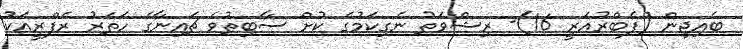
ބެއިޖިން (ފެބްރުއަރީ 16)- ރިޝްވަތު ނެގިކަމުގެ ކުށް ސާބިތުވެ ޗައިނާގެ ހަތަރު ރެފްރީއަކު